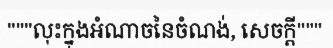
"""លុះក្នុងអំណាចនៃចំណង់, សេចក្តី"""